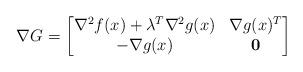
LaTeX: \begin{align*} \nabla G = \begin{bmatrix} \nabla^2 f(x) + \lambda^T\nabla^2 g(x) & \nabla g(x)^T\\ -\nabla g(x) & \mathbf{0} \end{bmatrix} \end{align*}